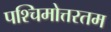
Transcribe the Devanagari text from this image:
पश्चिमोत्तरतम